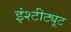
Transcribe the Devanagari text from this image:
इंश्टीट्यूट